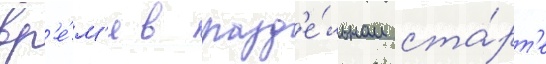
вр'е́м'я в разд'е́льном ста́рт'е